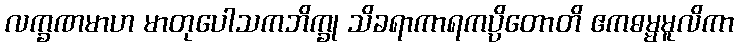
လက္ခဏမာဟ မာတုပေါသကဘိက္ခု သိခရာကာရကပ္ပိတောတိ ဧကဓမ္မမူလိကာ